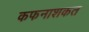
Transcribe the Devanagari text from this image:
कफनाशकत